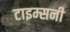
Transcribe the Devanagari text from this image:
टाइम्सनी